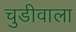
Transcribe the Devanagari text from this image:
चुडीवाला